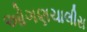
ઓગણચાલીસ